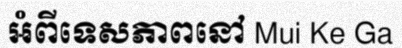
អំពីទេសភាពនៅ Mui Ke Ga